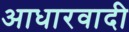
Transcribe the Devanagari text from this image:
आधारवादी